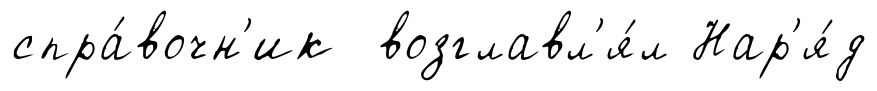
спра́вочн'ик возглавл'я́л Нар'я́д